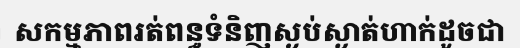
សកម្មភាពរត់ពន្ធទំនិញស្ងប់ស្ងាត់ហាក់ដូចជា